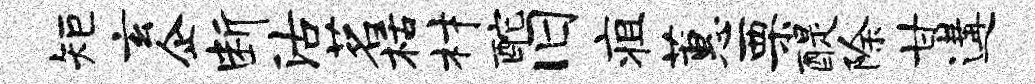
矩玄企断沽茗栝材酡旧疽蕙栗醍除甘遘